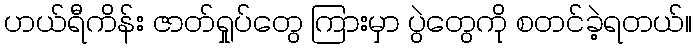
ဟယ်ရီကိန်း ဇာတ်ရှုပ်တွေ ကြားမှာ ပွဲတွေကို စတင်ခဲ့ရတယ်။